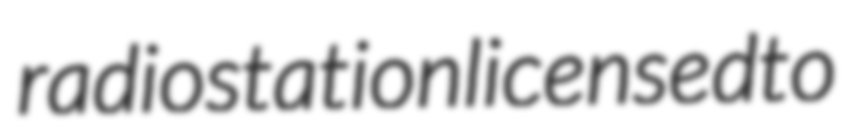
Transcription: radio station licensed to